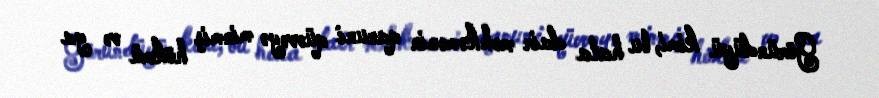
Göründüyü kimi, bu hala dair məhkəmənin qanuni qüvvəyə minmiş hökmü və ya